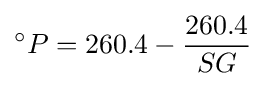
^{\circ }P=260.4-{\frac {260.4}{SG}}